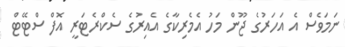
ނަމަވެސް އެ އަހަރުގެ ޖޫން މަހު އެމެރިކާގެ އެއިރުގެ ސެކްރެޓަރީ އޮފް ސްޓޭޓް